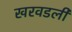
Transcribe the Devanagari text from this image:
खरवडली